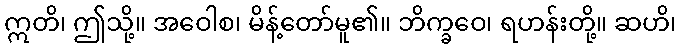
ဣတိ၊ ဤသို့။ အဝေါစ၊ မိန့်တော်မူ၏။ ဘိက္ခဝေ၊ ရဟန်းတို့။ ဆဟိ၊